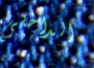
الداخلي